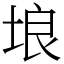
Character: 埌